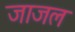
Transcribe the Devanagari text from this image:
जाजल